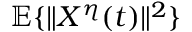
\mathbb { E } \{ \| X ^ { \eta } ( t ) \| ^ { 2 } \}